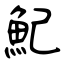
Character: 魢